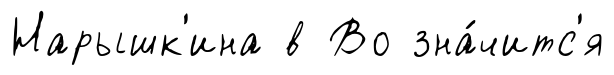
Нарышк'ина в Во зна́читс'я